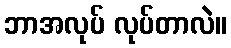
ဘာအလုပ် လုပ်တာလဲ။